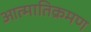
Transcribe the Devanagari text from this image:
आत्मातिक्रमण